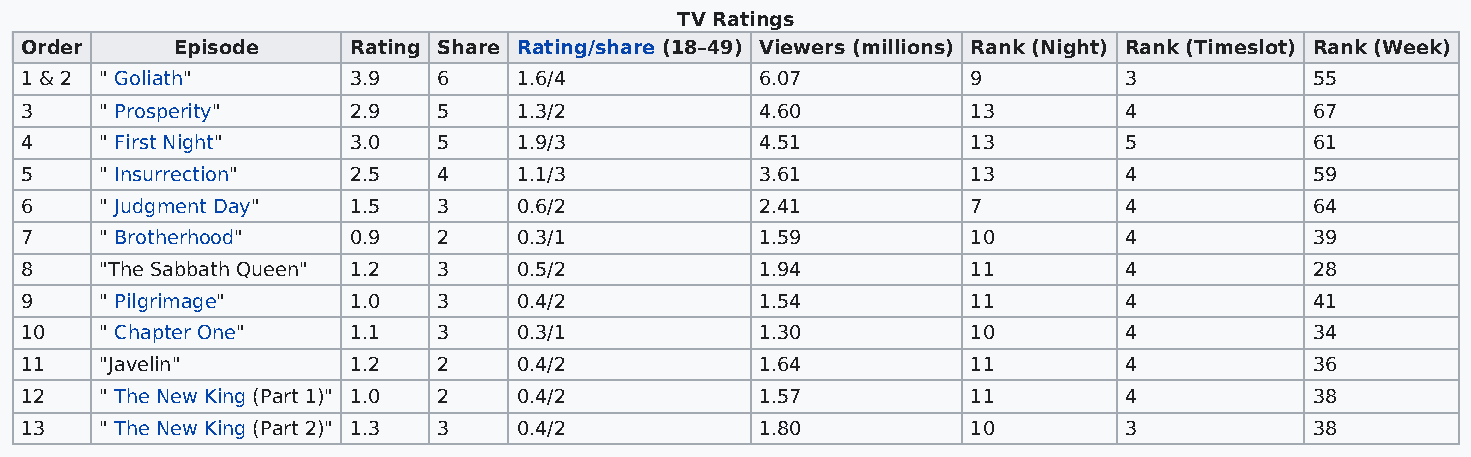
TV Ratings
 Order      Episode    Rating Share Rating/share (18–49) Viewers (millions) Rank (Night) Rank (Timeslot) Rank (Week)
 1 & 2 " Goliath"      3.9   6    1.6/4           6.07          9         3            55
 3     " Prosperity"   2.9   5    1.3/2           4.60          13        4            67
 4     " First Night"  3.0   5    1.9/3           4.51          13        5            61
 5     " Insurrection" 2.5   4    1.1/3           3.61          13        4            59
 6     " Judgment Day" 1.5   3    0.6/2           2.41          7         4            64
 7     " Brotherhood"  0.9   2    0.3/1           1.59          10        4            39
 8     "The Sabbath Queen" 1.2 3  0.5/2           1.94          11        4            28
 9     " Pilgrimage"   1.0   3    0.4/2           1.54          11        4            41
 10    " Chapter One"  1.1   3    0.3/1           1.30          10        4            34
 11    "Javelin"       1.2   2    0.4/2           1.64          11        4            36
 12    " The New King (Part 1)" 1.0 2 0.4/2       1.57          11        4            38
 13    " The New King (Part 2)" 1.3 3 0.4/2       1.80          10        3            38